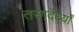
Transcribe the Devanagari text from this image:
तरंगदैर्घ्यों